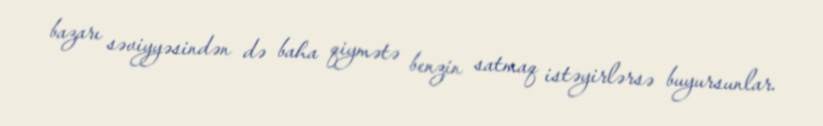
bazarı səviyyəsindən də baha qiymətə benzin satmaq istəyirlərsə buyursunlar.